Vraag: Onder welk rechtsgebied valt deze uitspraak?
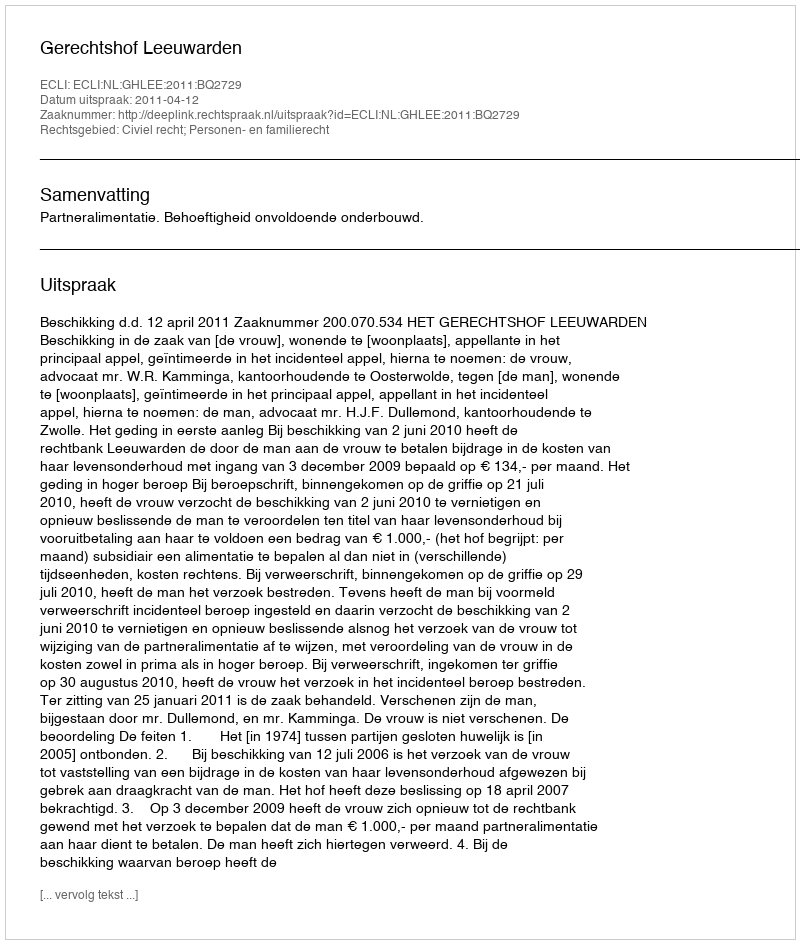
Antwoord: Civiel recht; Personen- en familierecht